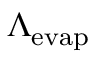
\Lambda _ { \mathrm { e v a p } }